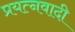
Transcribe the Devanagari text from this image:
प्रयत्नवादी